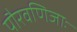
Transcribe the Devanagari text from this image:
पौरवणिजाः